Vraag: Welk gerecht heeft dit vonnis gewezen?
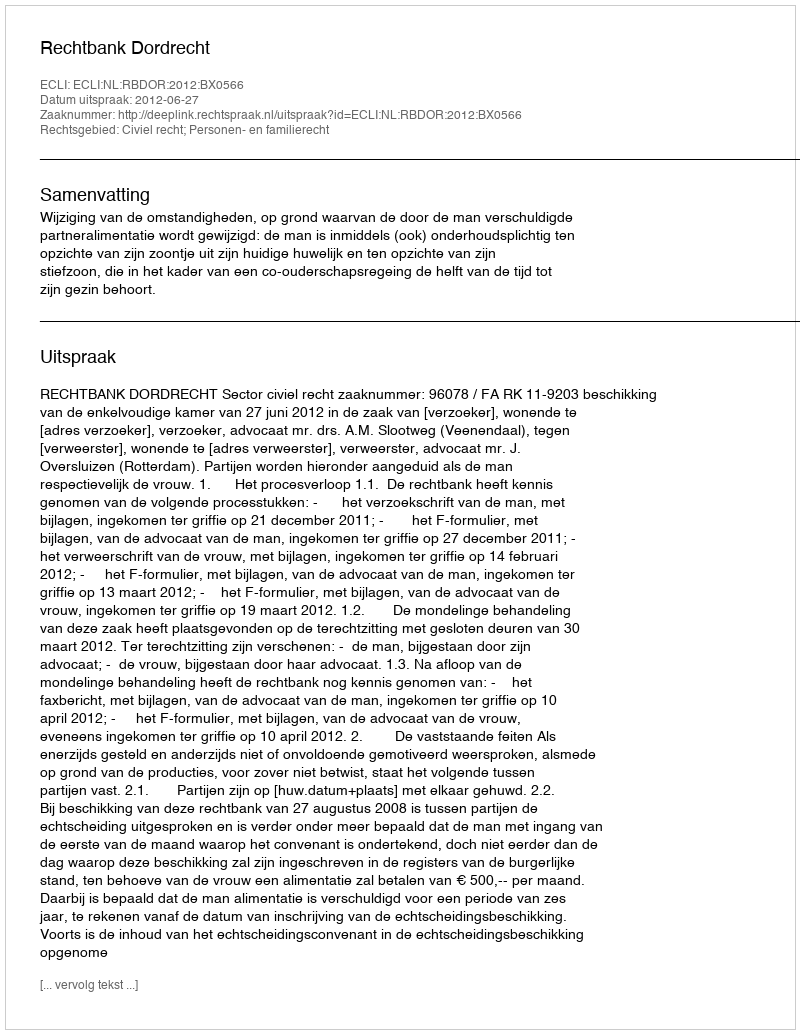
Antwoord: Rechtbank Dordrecht